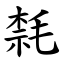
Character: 㲡